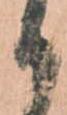
か